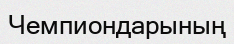
Чемпиондарының